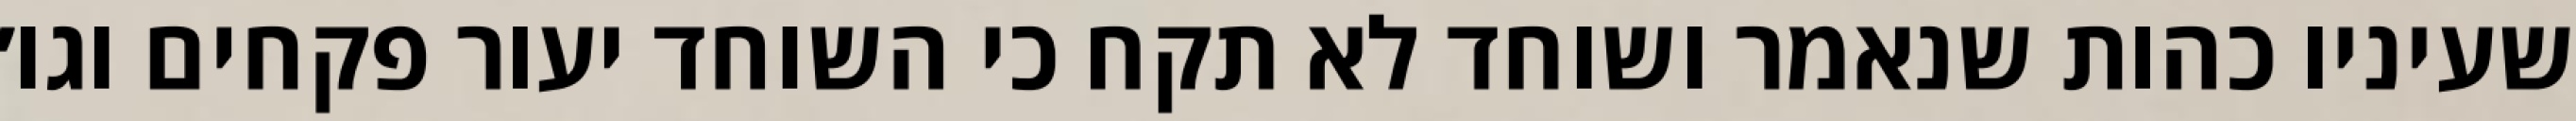
שעיניו כהות שנאמר ושוחד לא תקח כי השוחד יעור פקחים וגו׳